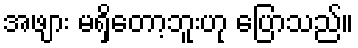
အဖျား မရှိတော့ဘူးဟု ပြောသည်။